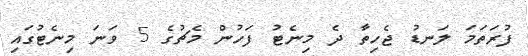
ފުރަަތަމަ ލަނޑު ޖެހިތާ ދެ މިނެޓު ފަހުން މެޗުގެ 5 ވަނަ މިނެޓުގައި